Leprosy in India: report of the Leprosy Commission in India, 1890-91
Year: 1890
Disease focus: Leprosy
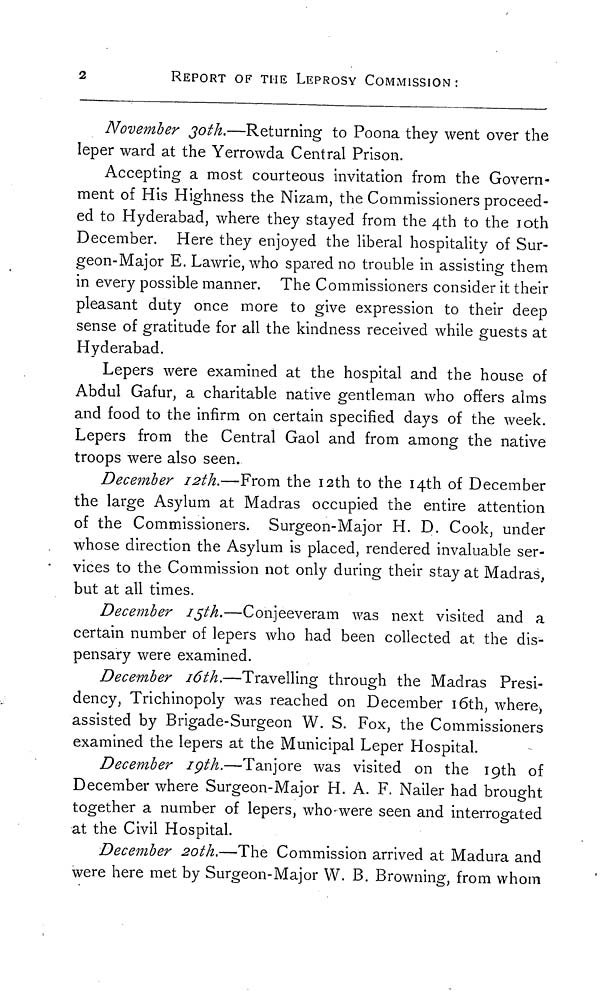
2
REPORT OF THE LEPROSY COMMISSION:
November 30th.—Returning to Poona they went over the
leper ward at the Yerrowda Central Prison.
Accepting a most courteous invitation from the Govern-
ment of His Highness the Nizam, the Commissioners proceed-
ed to Hyderabad, where they stayed from the 4th to the 10th
December. Here they enjoyed the liberal hospitality of Sur-
geon-Major E. Lawrie, who spared no trouble in assisting them
in every possible manner. The Commissioners consider it their
pleasant duty once more to give expression to their deep
sense of gratitude for all the kindness received while guests at
Hyderabad.
Lepers were examined at the hospital and the house of
Abdul Gafur, a charitable native gentleman who offers alms
and food to the infirm on certain specified days of the week.
Lepers from the Central Gaol and from among the native
troops were also seen.
December 12th.—From the 12th to the 14th of December
the large Asylum at Madras occupied the entire attention
of the Commissioners. Surgeon-Major H. D. Cook, under
whose direction the Asylum is placed, rendered invaluable ser-
vices to the Commission not only during their stay at Madras,
but at all times.
December 15th.—Conjeeveram was next visited and a
certain number of lepers who had been collected at the dis-
pensary were examined.
December 16th.—Travelling through the Madras Presi-
dency, Trichinopoly was reached on December 16th, where,
assisted by Brigade-Surgeon W. S. Fox, the Commissioners
examined the lepers at the Municipal Leper Hospital.
December 19th.—Tanjore was visited on the 19th of
December where Surgeon-Major H.A. F. Nailer had brought
together a number of lepers, who-were seen and interrogated
at the Civil Hospital.
December 20th.—The Commission arrived at Madura and
were here met by Surgeon-Major W. B. Browning, from whom